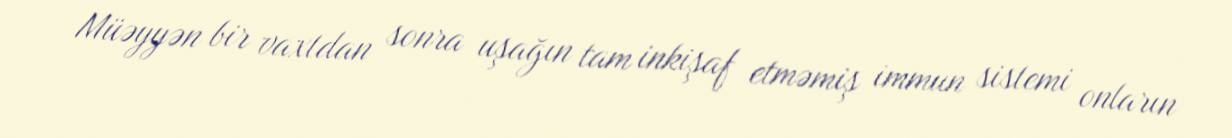
Müəyyən bir vaxtdan sonra uşağın tam inkişaf etməmiş immun sistemi onların